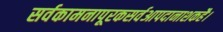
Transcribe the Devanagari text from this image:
सर्वकामनापूरकसर्वआपदानाशकहै।